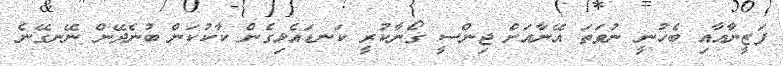
ފަޒީނާއާއި ބެހުނީ ނުވަތަ އޭނާއަށް ޖިންސީ ގޯނާކުރީ ކަނޑައެޅިގެން ކާކުކަން ބުނެދޭން ނޭނގޭނެ